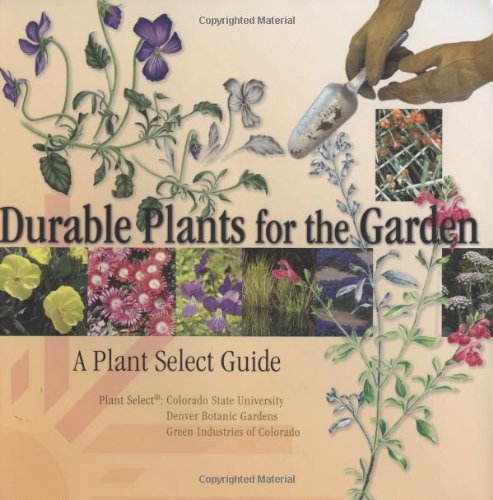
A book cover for Durable Plants for the Garden: A Plant Select Guide; Plant Select; Science & Math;